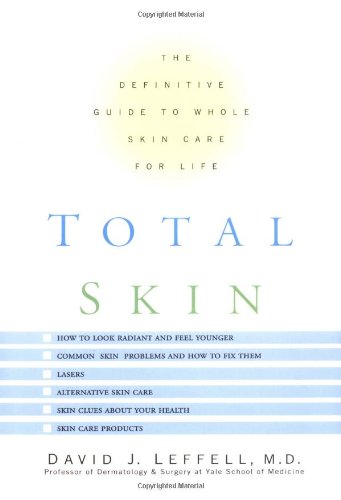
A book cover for Total Skin: The Definitive Guide to Whole Skin Care for Life; David Leffell; Health, Fitness & Dieting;